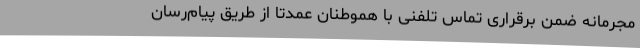
مجرمانه ضمن برقراری تماس تلفنی با هموطنان عمدتا از طریق پیام‌رسان